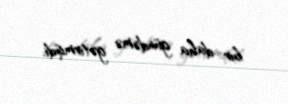
bir daha gündəmə gətirmişdi.